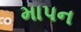
માપન